Senior Leaving Certificate Examination (including Day School Certificate (Higher) General paper), 1946
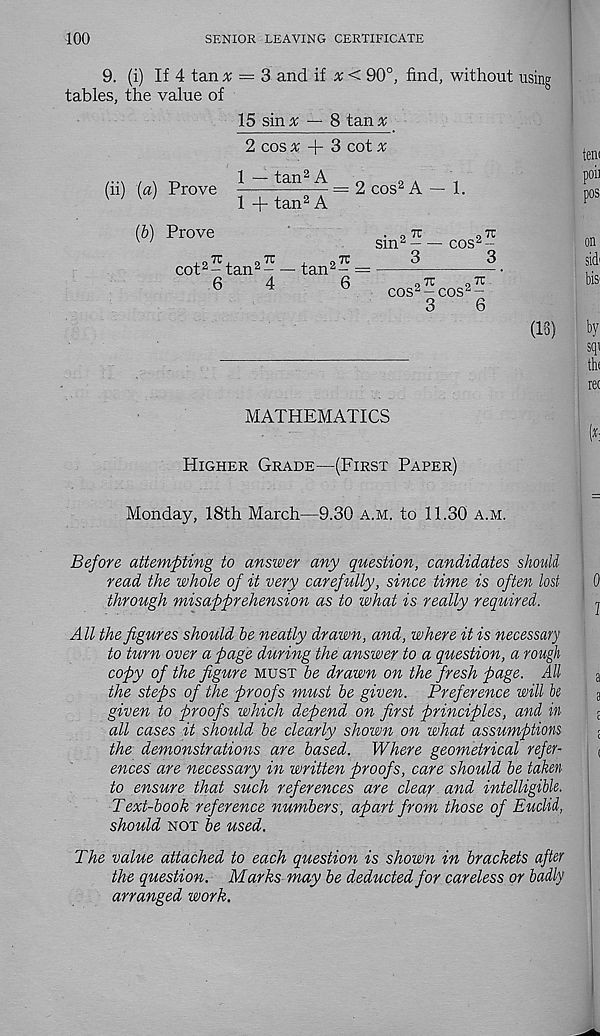
100
SENIOR LEAVING CERTIFICATE
9. (i) If 4 tan x = 3 and if x< 90°, find, without using
tables, the value of
15 sin:*: — 8 tan %
2 cos x -f- 3 cot ^
1
A
(ii) (a) Prove
= 2 cos 2 A — 1.
1 + tan 2 A
(b) Prove
• n TC
9 7T
sm^
cos^--
cot 2 - tan 2 - — tan 2 - =
^^ •
®
^
^
cos 2 -cos 2 -
3
6
(13)
MATHEMATICS
Higher Grade—(First Paper)
Monday, 18th March—9.30 a.m. to 11.30 a.m.
Before attempting to answer any question, candidates should
read the whole of it very carefully, since time is often lost
through misapprehension as to what is really required.
All the figures should be neatly drawn, and, where it is necessary
to turn over a page during the answer to a question, a rough
copy of the figure must be drawn on the fresh page. All
the steps of the proofs must be given. Preference will be
given to proofs which depend on first principles, and in
all cases it should be clearly shown on what assumptions
the demonstrations are based. Where geometrical refer-
ences are necessary in written proofs, care should be taken
to ensure that such references are clear and intelligible.
Text-book reference numbers, apart from those of Euclid,
should not be used.
The value attached to each question is shown in brackets after
the question. Marks may be deducted for careless or badly
arranged work.